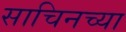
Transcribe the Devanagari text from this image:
साचिनच्या